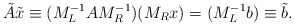
\begin{align*} \tilde{A} \tilde{x} \equiv (M_L^{-1} A M_R^{-1}) (M_R x) = (M_L^{-1} b) \equiv \tilde{b} .\end{align*}